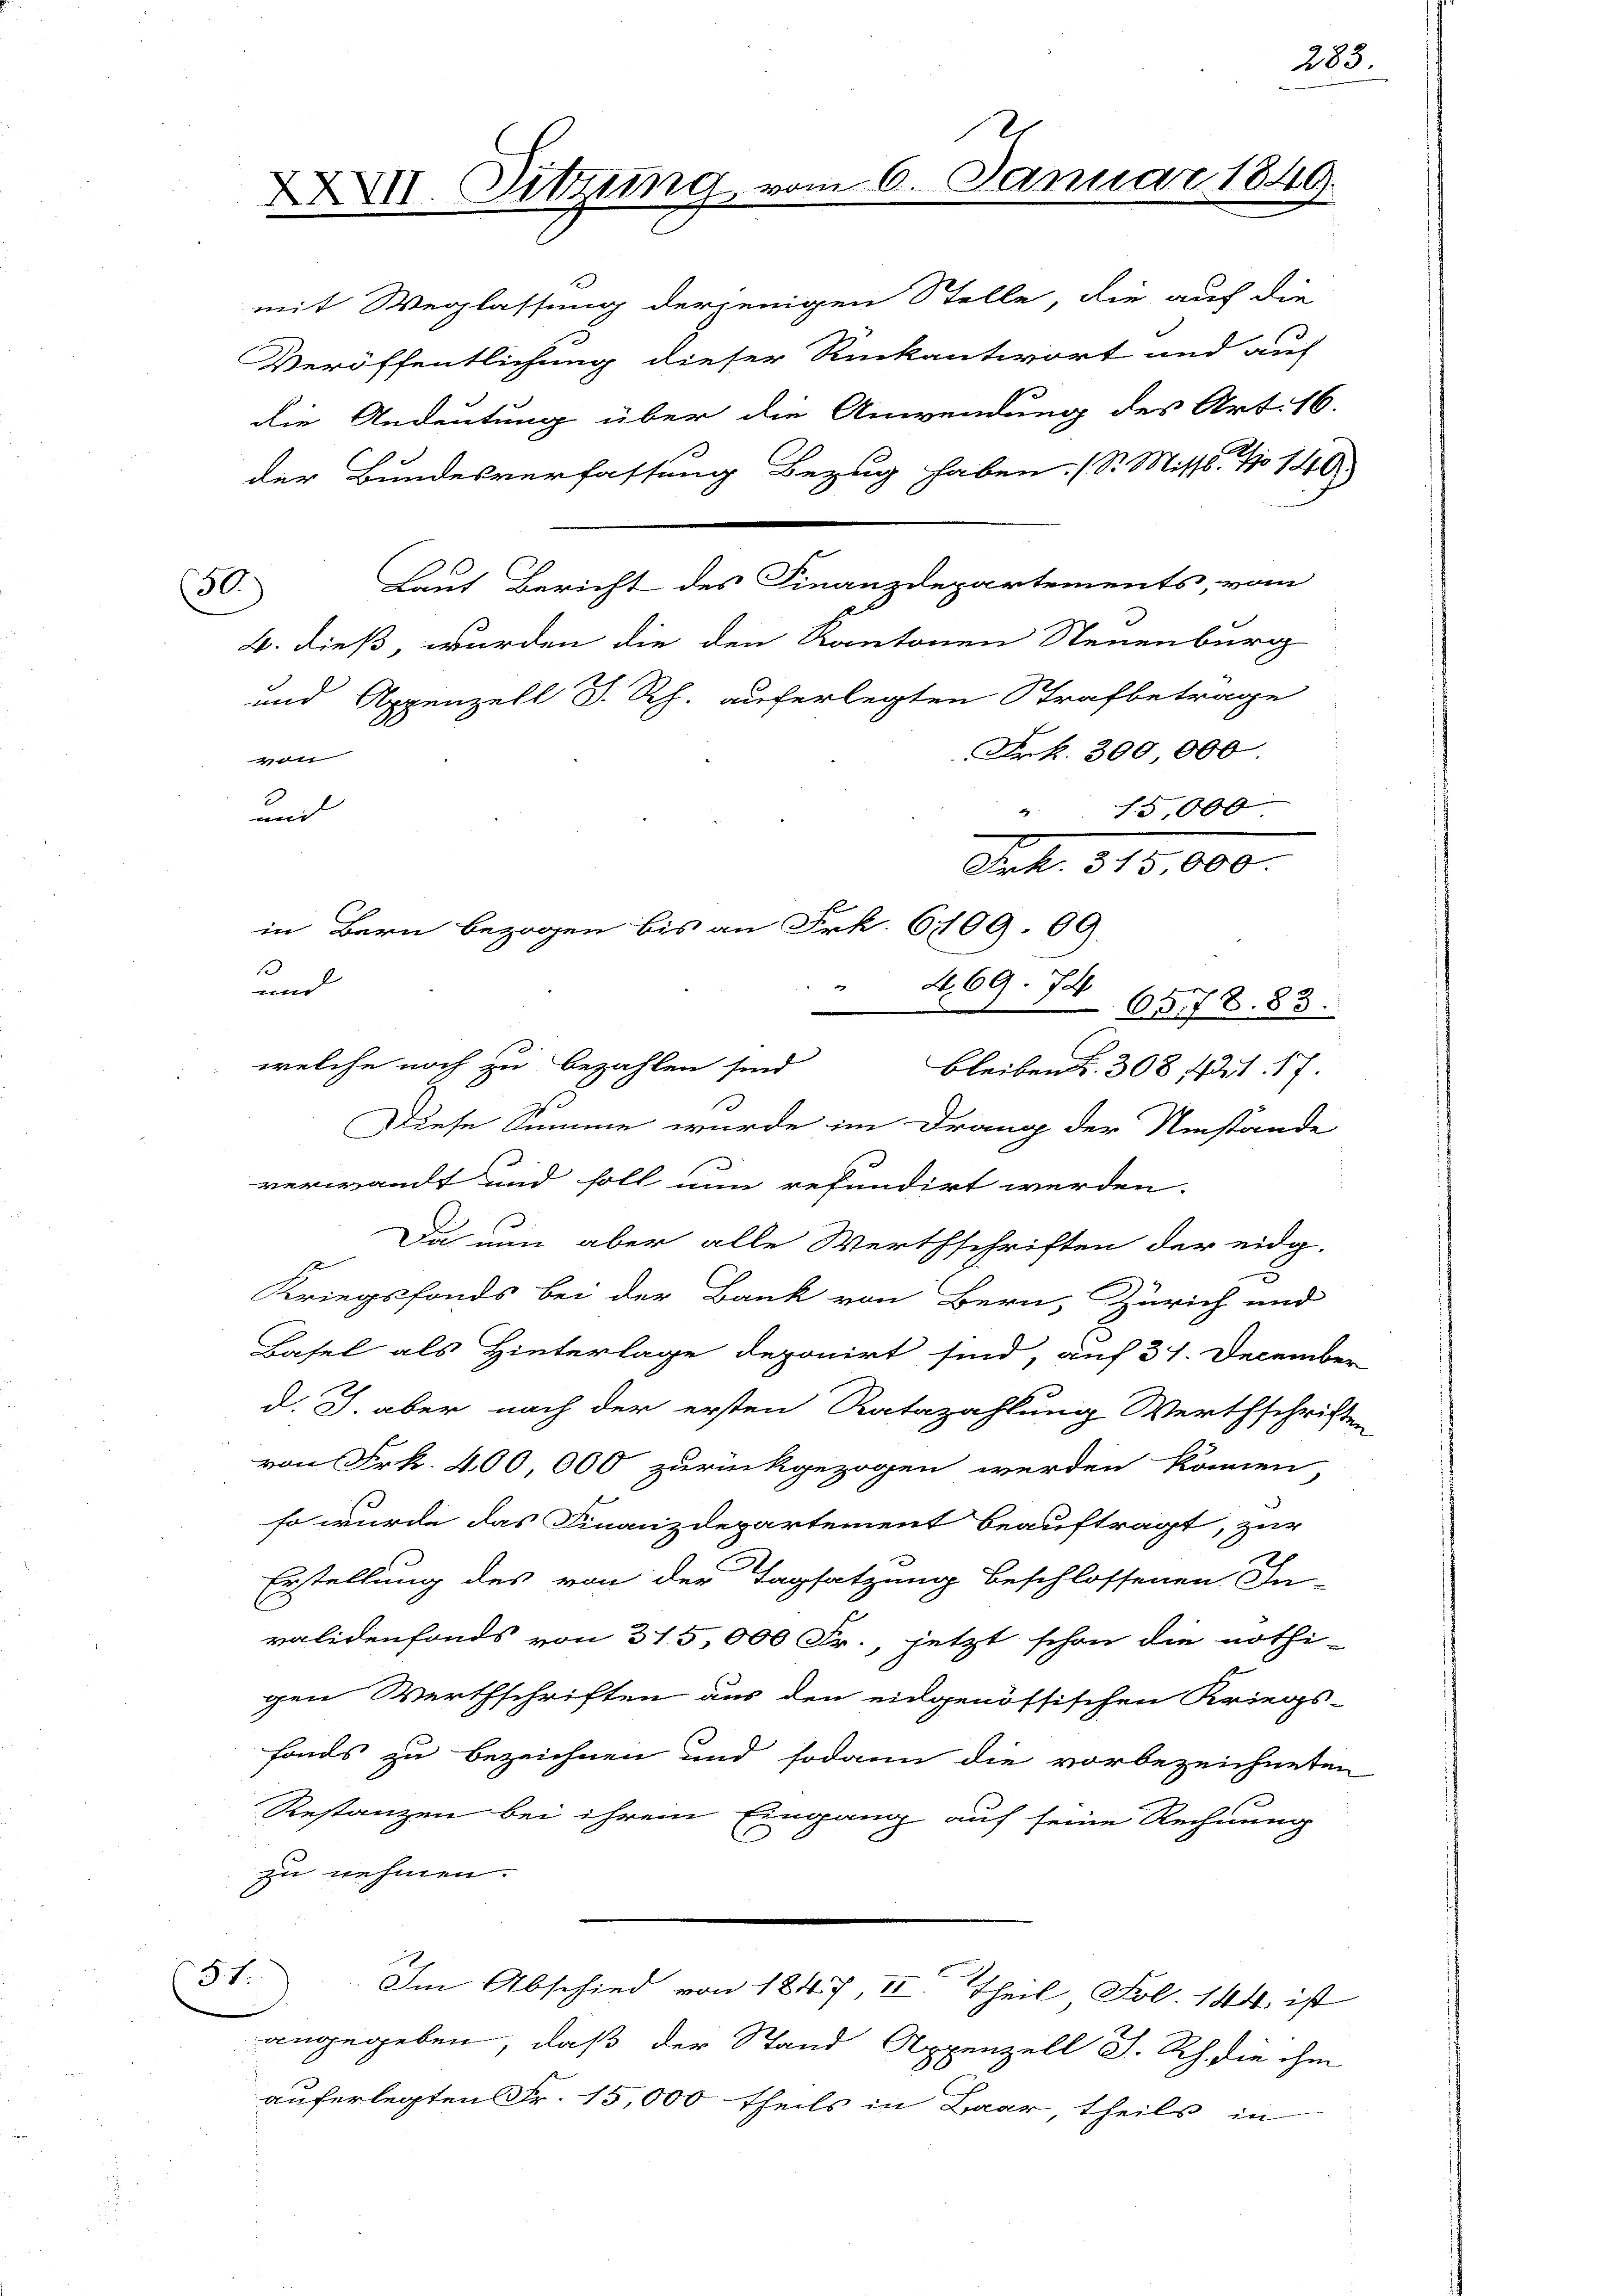
50)

mit Weglassung derjenigen Stelle, die auch die
Veröffentlichung dieser Rückantwort und auf
die Andeutung über die Anwendung des Art. 16.
der Bundesverfassung Bezug haben. (S. Miss. No 140
Laut Bericht des Finanzdepartements, vom
B. dieß, wurden die den Kantonen Steuenburg
und Appenzell I.Rh. auferlegten Strafbetrage
Frk. 300,000.
0
15,000
und
Frk. 310,000.
3
469. 74
und
4 65778. 83.
welche noch zu bezahlen sind
bleiben Z. 308. 1421. 17
e
h
Diese Summe wurde im Drang der Umstände
verwandt und soll nun refundirt werden.
Da nun aber alle Werthschriften der eidg.
Kriegsfonds bei der Bank von Bern, Zürich und
Basel als Hinterlage deponirt sind, auf 31. Decembe
d. J. aber nach der ersten Ratazahlung Werthschrif
von Frk. 400 000 zurückgezogen werden können
so wurde das Finanzdepartement beauftragt, zur
Erstellung des von der Tagsatzung beschlossenen In-
validenfonds von 315,000 Fr., jetzt schon die nöthi-
gen Werthschriften aus den eidgenössischen Kriegs-
fonds zu bezeichnen und sodann die vorbezeichnete
Restanzen bei ihrem Eingang auf seine Rechnung
zu nehmen.
31.
Im Abschied von 1847, II. Theil Fol. 144 ist
angegeben, daß der Stand Appenzell I. Rh. die ihm
auferlegten Fr. 15,000 theils in Baar, theils in

XXXII. Sitzung

in Bern bezogen bis an Frk. 6109. 69.

u 6. Januar 1849.

283.

2
.

2